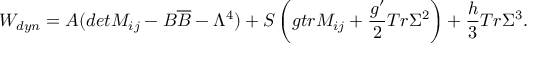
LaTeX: W _ { d y n } = A ( d e t M _ { i j } - B \overline { { { B } } } - \Lambda ^ { 4 } ) + S \left( g t r M _ { i j } + \frac { g ^ { \prime } } { 2 } T r \Sigma ^ { 2 } \right) + \frac { h } { 3 } T r \Sigma ^ { 3 } .